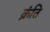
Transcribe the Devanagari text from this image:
क्रंति